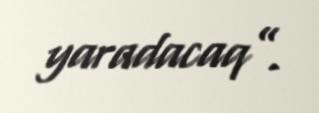
yaradacaq”.